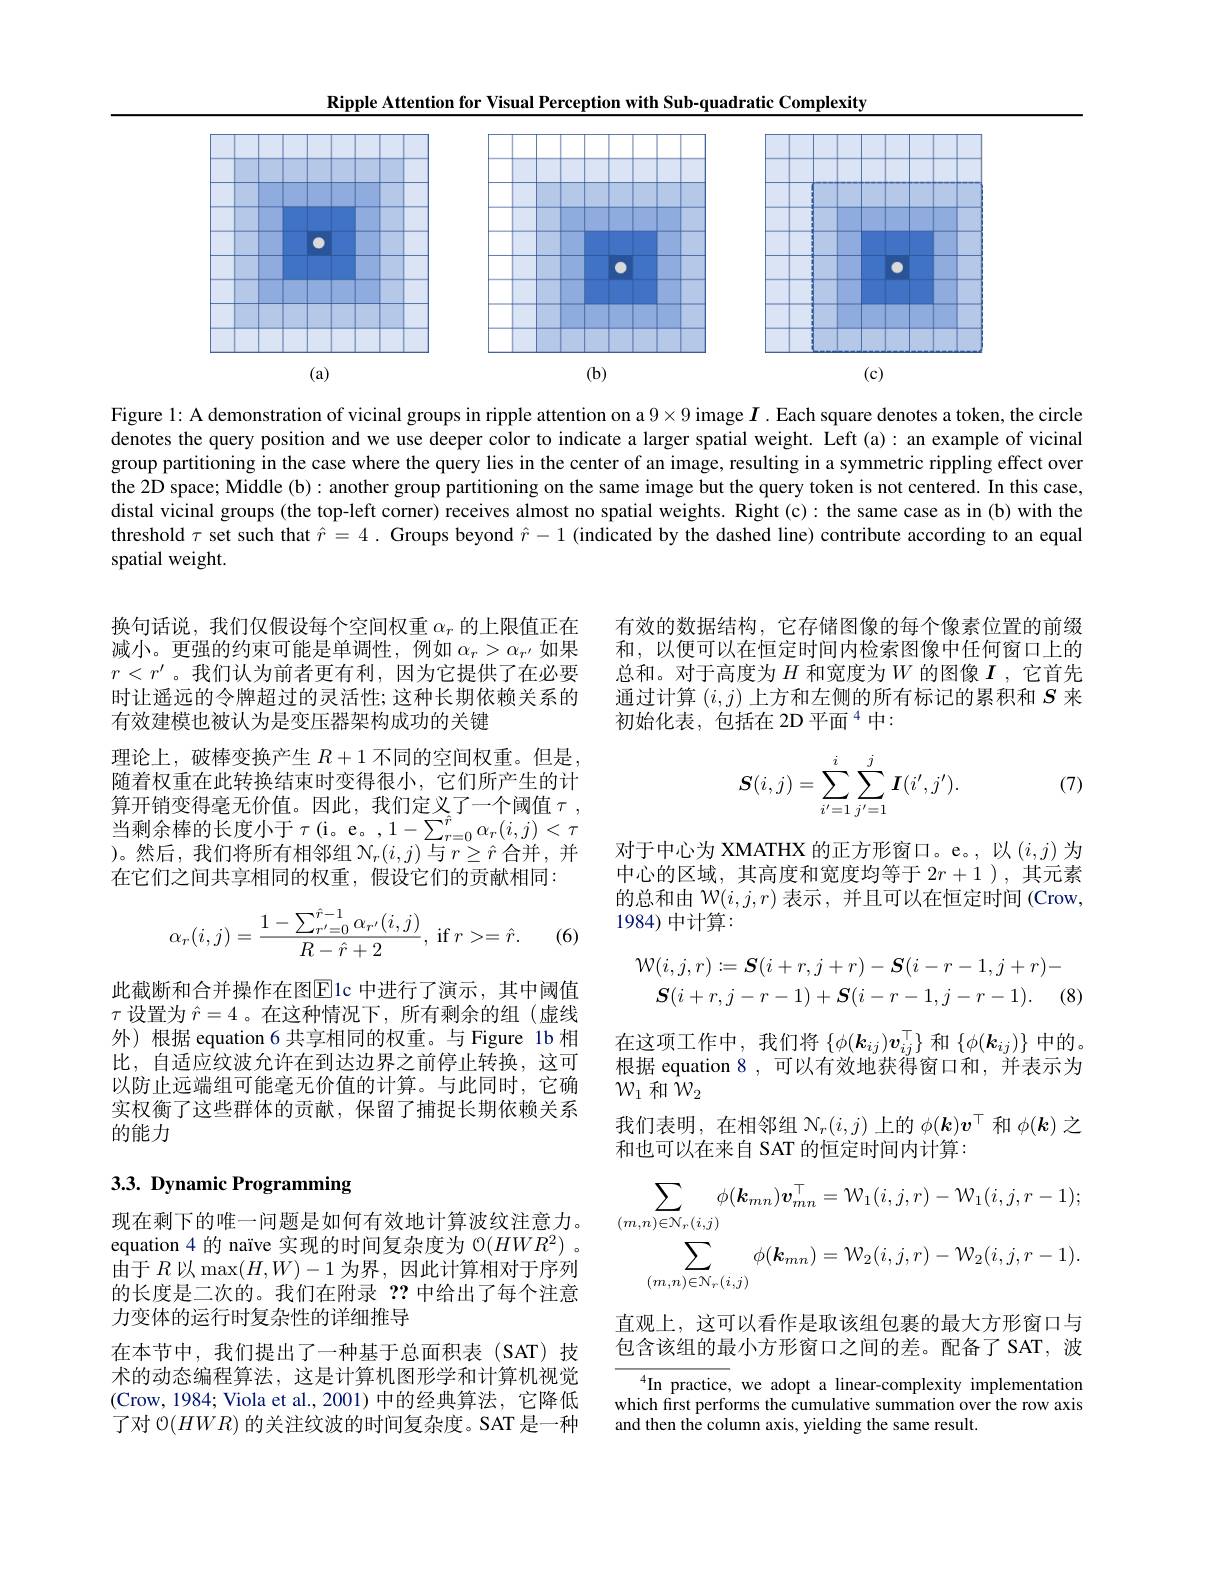
Ripple Attention for Visual Perception with Sub-quadratic Complexity
<FigureHere>

Figure l: A demonstration of vicinal groups in ripple attention on a $9\times9$ image $I$ .Each square denotes a token, the circle denotes the query position and we use deeper color to indicate a larger spatial weight. Left (a): an example of vicinal group partitioning in the case where the query lies in the center of an image, resulting in a symmetric rippling effect over the 2D space; Middle (b): another group partitioning on the same image but the query token is not centered. In this case, distal vicinal groups (the top-left corner) receives almost no spatial weights. Right (c): the same case as in (b) with the threshold $\tau$ set such that $\hat{r}=4.$ Groups beyond $\hat{r}-1$ (indicated by the dashed line) contribute according to an equal spatial weight.

有效的数据结构，它存储图像的每个像素位置的前缀和，以便可以在恒定时间内检索图像中任何窗口上的总和。对于高度为$H$和宽度为$W$的图像$I$ ,它首先通过计算$(i,j)$上方和左侧的所有标记的累积和$S$来初始化表，包括在 2D 平面$^{4}$中：

换句话说，我们仅假设每个空间权重$\alpha_r$的上限值正在减小。更强的约束可能是单调性，例如$\alpha_r>\alpha_{r^{\prime}}$如果$r<r^{\prime}$。我们认为前者更有利，因为它提供了在必要时让遥远的令牌超过的灵活性；这种长期依赖关系的有效建模也被认为是变压器架构成功的关键
理论上，破棒变换产生$R+1$不同的空间权重。但是随着权重在此转换结束时变得很小，它们所产生的计算开销变得毫无价值。因此，我们定义了一个阈值$\tau$, 当剩余棒的长度小于$\tau ($i。e。,$1-\sum_r=0^{\hat{r}}\alpha_r(i,j)<\tau$ )。然后，我们将所有相邻组$\mathcal{N}_r(i,j)$与$r\geq\hat{r}$合并 ,并在它们之间共享相同的权重，假设它们的贡献相同：

(7)
$$\boldsymbol{S}(i,j)=\sum_{i'=1}^i\sum_{j'=1}^j\boldsymbol{I}(i',j').$$
对于中心为 XMATHX 的正方形窗口。e。, 以$(i,j)$ 为中心的区域，其高度和宽度均等于$2r+1$ ),其元素的总和由$\mathcal{W}(i,j,r)$表示 ,并且可以在恒定时间 (Crow, 1984) 中计算：
$$\alpha_r(i,j)=\frac{1-\sum_{r'=0}^{\hat{r}-1}\alpha_{r'}(i,j)}{R-\hat{r}+2},\:\mathrm{if}\:r>=\hat{r}.$$
(6)
$$\mathcal{W}(i,j,r):=\boldsymbol{S}(i+r,j+r)-\boldsymbol{S}(i-r-1,j+r)-\\\boldsymbol{S}(i+r,j-r-1)+\boldsymbol{S}(i-r-1,j-r-1).\quad(8$$
此截断和合并操作在图$\overline{\mathrm{E}}$1c 中进行了演示，其中阈值$\tau$设置为 $\hat{r}=4$。在这种情况下，所有剩余的组(虚线外)根据 equation 6 共享相同的权重。与 Figure 1b 相比，自适应纹波允许在到达边界之前停止转换，这可以防止远端组可能毫无价值的计算。与此同时，它确实权衡了这些群体的贡献，保留了捕捉长期依赖关系的能力

在这项工作中，我们将$\left\{\phi(\boldsymbol{k}_{ij})\boldsymbol{v}_{ij}^{\top}\right\}$和$\left\{\phi(\boldsymbol{k}_{ij})\right\}$中的。根据 equation 8 ,可以有效地获得窗口和，并表示为$\mathcal{W}_1$和$\bar{\mathcal{W}}_2$
我们表明，在相邻组$\mathcal{N}_r(i,j)$上的$\phi(\boldsymbol{k})\boldsymbol{v}^\top$和$\phi(\boldsymbol{k})$之
和也可以在来自 SAT 的恒定时间内计算：

# 3.3. Dynamic Programming
$$\sum_{(m,n)\in\mathcal{N}_{r}(i,j)}\phi(\boldsymbol{k}_{mn})\boldsymbol{v}_{mn}^{\top}=\mathcal{W}_{1}(i,j,r)-\mathcal{W}_{1}(i,j,r-1);\\\sum_{(m,n)\in\mathcal{N}_{r}(i,j)}\phi(\boldsymbol{k}_{mn})=\mathcal{W}_{2}(i,j,r)-\mathcal{W}_{2}(i,j,r-1).$$
现在剩下的唯一问题是如何有效地计算波纹注意力。equation 4 的 naïve 实现的时间复杂度为$\mathcal{O}(HWR^2)$ 。由于$R$以$\max(H,W)-1$为界，因此计算相对于序列的长度是二次的。我们在附录？?中给出了每个注意力变体的运行时复杂性的详细推导
在本节中，我们提出了一种基于总面积表(SAT)技术的动态编程算法，这是计算机图形学和计算机视觉(Crow, 1984; Viola et al., 2001)中的经典算法，它降低了对$\mathcal{O}(HWR)$的关注纹波的时间复杂度。SAT 是一种

直观上，这可以看作是取该组包裹的最大方形窗口与包含该组的最小方形窗口之间的差。配备了 SAT,波

$^{4}$In practice, we adopt a linear-complexity implementation which frst performs the cumulative summation over the row axis and then the column axis, yielding the same result.